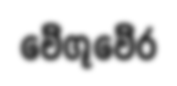
චේගූවේර